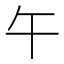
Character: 午